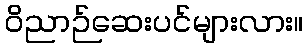
ဝိညာဉ်ဆေးပင်များလား။